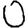
Digit: 0